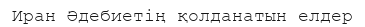
Иран Әдебиетің қолданатын елдер